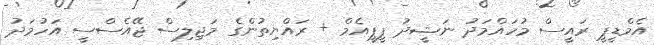
އެމްޑީޕީ ރައީސް މުހައްމަދު ނަޝީދު ޕީޕީއެމް + ރައްޔިތުންގެ މަޖިލިސް ޖޭއެސްސީ އަހުމަދު